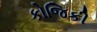
કોજિકી